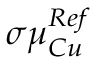
\sigma \mu _ { C u } ^ { R e f }